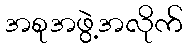
အစုအဖွဲ့အလိုက်